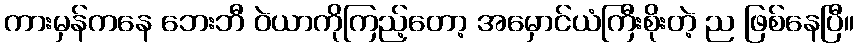
ကားမှန်ကနေ ဘေးဘီ ဝဲယာကိုကြည့်တော့ အမှောင်ယံကြီးစိုးတဲ့ ည ဖြစ်နေပြီ။